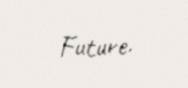
Future.